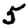
Digit: 5